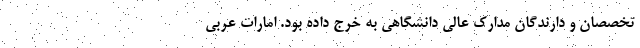
تخصصان و دارندگان مدارک عالی دانشگاهی به خرج داده بود. امارات عربی